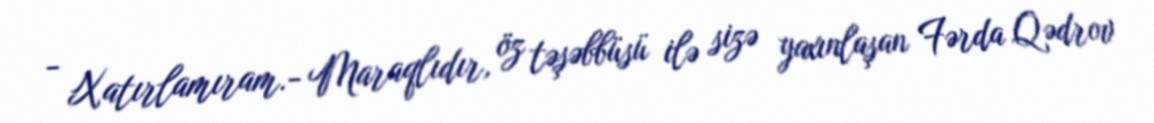
- Xatırlamıram.- Maraqlıdır, öz təşəbbüsü ilə sizə yaxınlaşan Fərda Qədrov